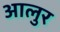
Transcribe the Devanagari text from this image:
आलुर